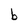
Character: b